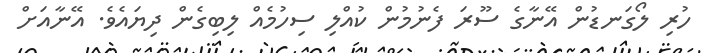
ހުރި ލޯގަނޑުން އޭނާގެ ސޫރަ ފެނުމުން ކުއްލި ސިހުމެއް ލިބިގެން ދިޔައެވެ. އޭނާއަށް